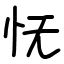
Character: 怃